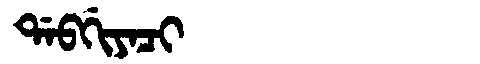
Manchu: ᡩᠠᠪᡤᡳᠶᠠᠴᡳ
Romanization: DABGIYACI